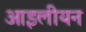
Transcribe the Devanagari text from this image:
आइलीयन